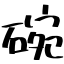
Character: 碗